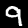
Label: 9